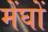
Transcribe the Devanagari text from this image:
मेंघों